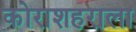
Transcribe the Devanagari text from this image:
कोराशहराला